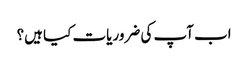
اب آپ کی ضروریات کیا ہیں؟